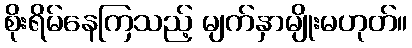
စိုးရိမ်နေကြသည့် မျက်နှာမျိုးမဟုတ်။